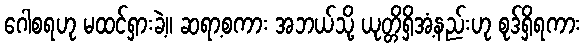
ဂေါစရဟု မထင်ရှားခဲ့။ ဆရာ့စကား အဘယ်သို့ ယုတ္တိရှိအံ့နည်းဟု စုဒ်ရှိရကား